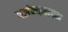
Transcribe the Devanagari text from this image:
पर्जन्यमापक